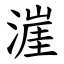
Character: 漄